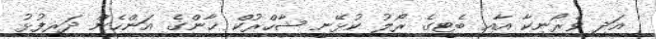
އަދި ވެރޯނިކާ އާއި ބެޓީގެ ރޯލު ކުޅޭނީ ޝާހްރުކް ޚާންގެ އަންހެން ދަރިފުޅު